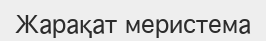
Жарақат меристема